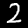
Label: 2